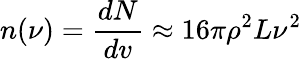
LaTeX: n(\nu)=\frac{dN}{dv}\approx 16\pi\rho^{2}L\nu^{2}